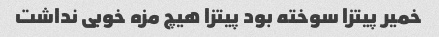
خمیر پیتزا سوخته بود پیتزا هیچ مزه خوبی نداشت